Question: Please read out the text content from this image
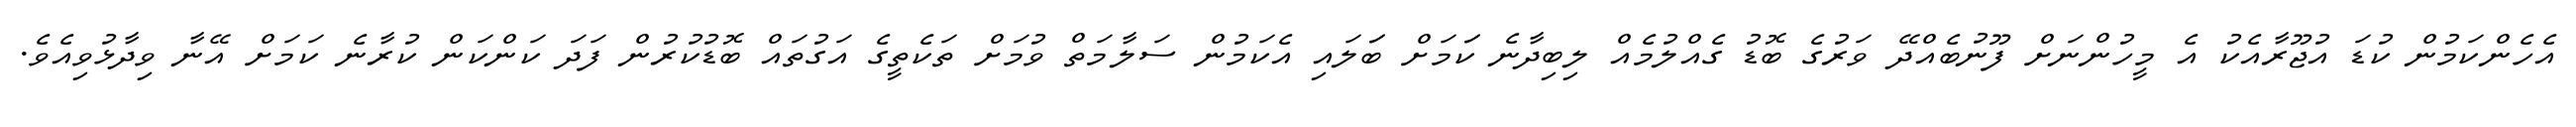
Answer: އެހެންކަމުން ކުޑަ އުޖޫރާއެކު އެ މީހުންނަށް ފޫނުބެއްދޭ ވަރުގެ ބޮޑު ގެއްލުމެއް ލިބިދާނެ ކަަމަށް ބަަލައި އެކަމުން ސަލާމަތް ވުމަށް ތަކެތީގެ އަގުތައް ބޮޑުކުރުން ފަދަ ކަންކަން ކުރާނެ ކަމަށް އޭނާ ވިދާޅުވިއެވެ.